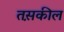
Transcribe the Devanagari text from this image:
तस़कील